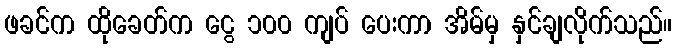
ဖခင်က ထိုခေတ်က ငွေ ၁၀၀ ကျပ် ပေးကာ အိမ်မှ နှင်ချလိုက်သည်။